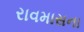
રાવમાસના